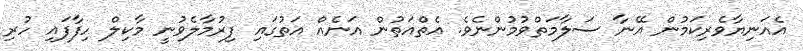
އެއަނިޔާވެރިކަމުން އޭނާ ސަލާމަތްވުމުންނެވެ. އެތްއަތުން އަނެއް އަތުގައި ފިރުމާލެވުނީ މާކިލް ހިފާފައި ހުރި